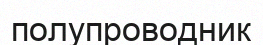
полупроводник